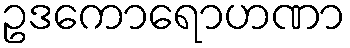
ဥဒကောရောဟဏာ